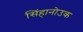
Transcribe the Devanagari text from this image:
सिंहानोउक